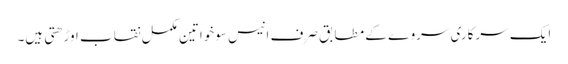
ایک سرکاری سروے کے مطابق صرف انیس سوخواتین مکمل نقاب اوڑھتی ہیں۔